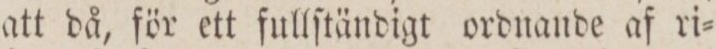
att då, för ett fullſtändigt ordnande af ri=